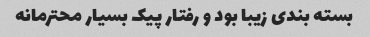
بسته بندی زیبا بود و رفتار پیک بسیار محترمانه